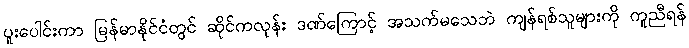
ပူးပေါင်းကာ မြန်မာနိုင်ငံတွင် ဆိုင်ကလုန်း ဒဏ်ကြောင့် အသက်မသေဘဲ ကျန်ရစ်သူများကို ကူညီရန်